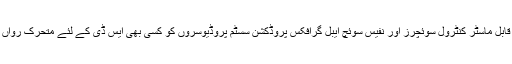
ہمارے ایوارڈ یافتہ برانڈنگ اور پروموشنز سسٹم ، گرافکس کے قابل ماسٹر کنٹرول سوئچرز اور نفیس سوئچ ایبل گرافکس پروڈکشن سسٹم پروڈیوسروں کو کسی بھی ایس ڈی کے لئے متحرک رواں اور پہلے سے ریکارڈ شدہ مواد کی فراہمی کی اجازت دیتے ہیں۔